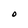
Character: O